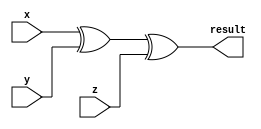
module parity(

input x,y,z,

output result);

xor (result,x,y,z);  
endmodule